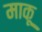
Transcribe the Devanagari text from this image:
माकू